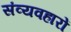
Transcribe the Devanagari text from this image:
संव्यवहारों